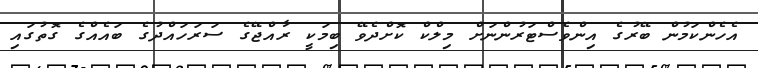
އެހެންކަމުން ބޭރުގެ އިންވެސްޓަރުންނަށް މިލްކް ކޮށްދެވޭ ބިމަކީ ރާއްޖޭގެ ސަރަހައްދުގެ ބައެއްގެ ގޮތުގައި